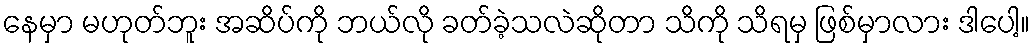
နေမှာ မဟုတ်ဘူး အဆိပ်ကို ဘယ်လို ခတ်ခဲ့သလဲဆိုတာ သိကို သိရမှ ဖြစ်မှာလား ဒါပေါ့။